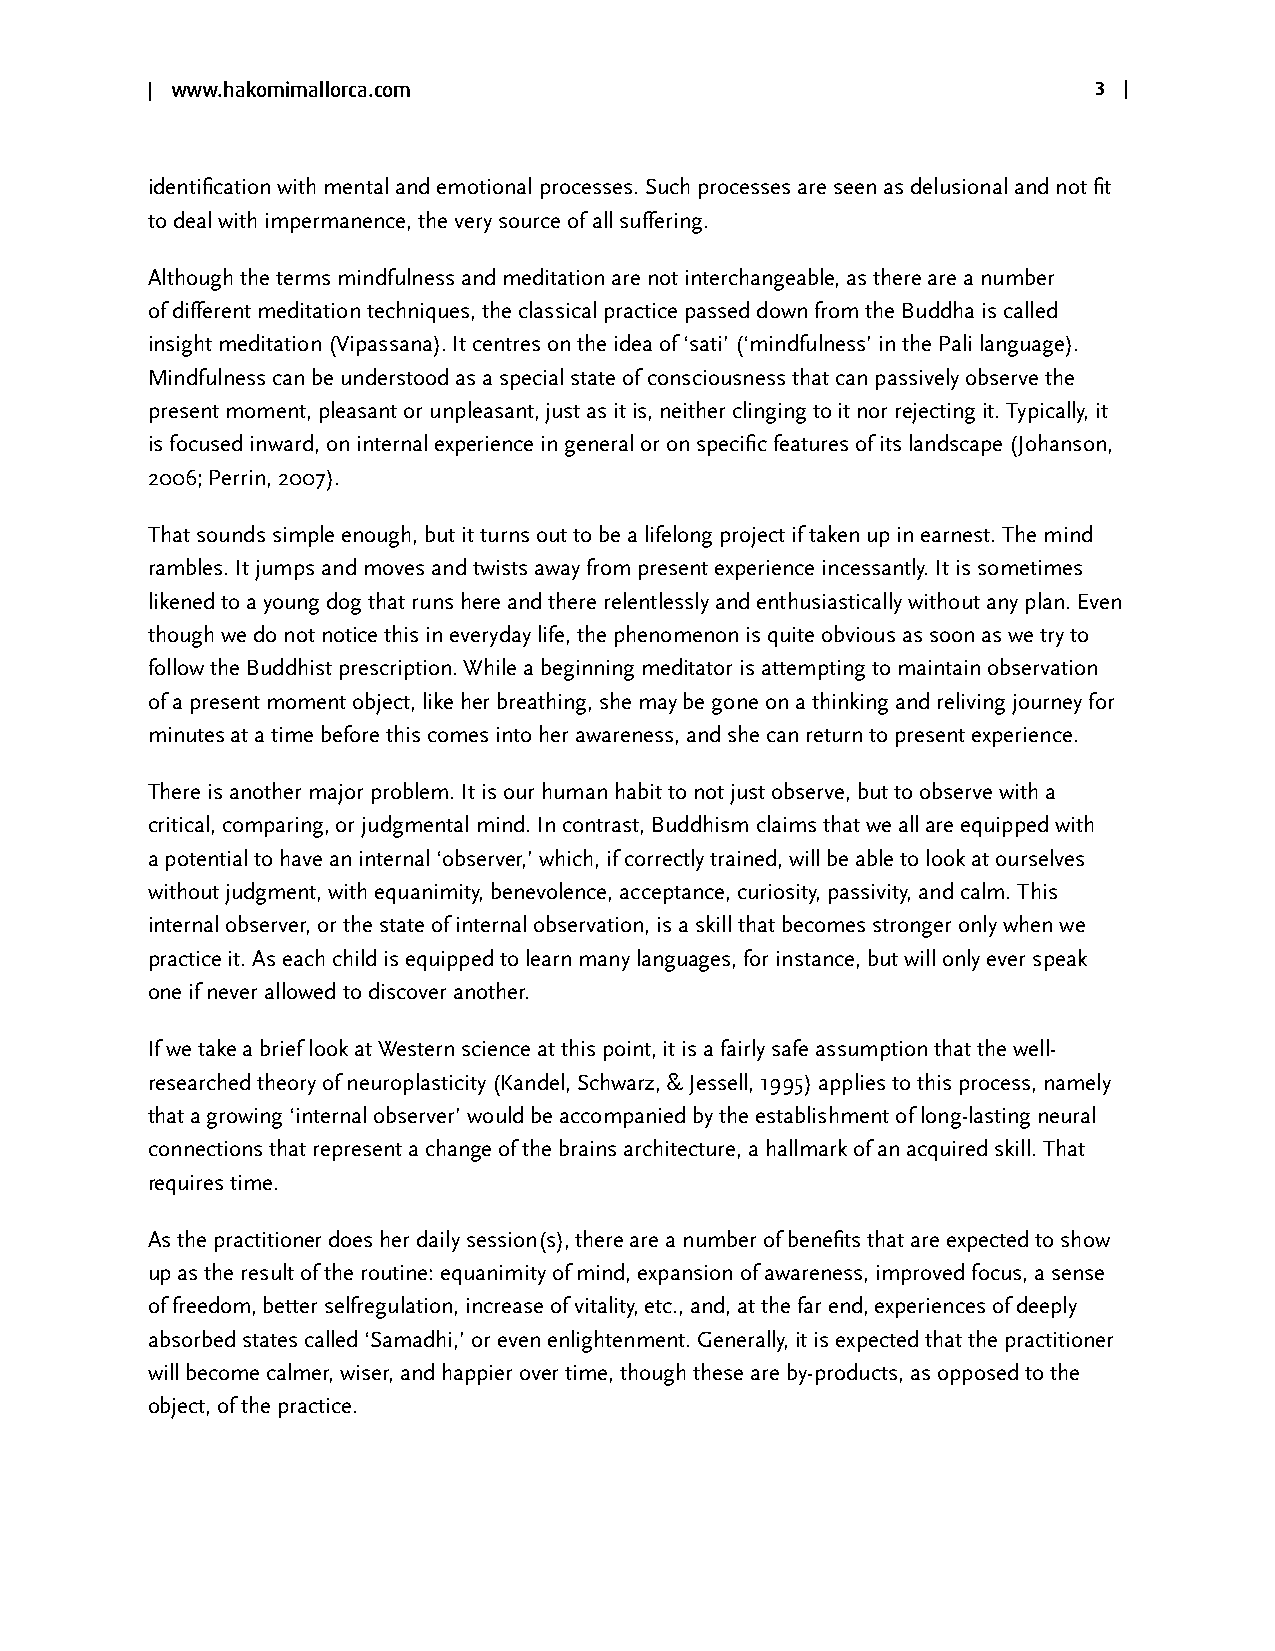
| www.hakomimallorca.com                                      3 |
 identification with mental and emotional processes. Such processes are seen as delusional and not fit
 to deal with impermanence, the very source of all suffering.
 Although the terms mindfulness and meditation are not interchangeable, as there are a number
 of different meditation techniques, the classical practice passed down from the Buddha is called
 insight meditation (Vipassana). It centres on the idea of ‘sati’ (‘mindfulness’ in the Pali language).
 Mindfulness can be understood as a special state of consciousness that can passively observe the
 present moment, pleasant or unpleasant, just as it is, neither clinging to it nor rejecting it. Typically, it
 is focused inward, on internal experience in general or on specific features of its landscape (Johanson,
 2006; Perrin, 2007).
 That sounds simple enough, but it turns out to be a lifelong project if taken up in earnest. The mind
 rambles. It jumps and moves and twists away from present experience incessantly. It is sometimes
 likened to a young dog that runs here and there relentlessly and enthusiastically without any plan. Even
 though we do not notice this in everyday life, the phenomenon is quite obvious as soon as we try to
 follow the Buddhist prescription. While a beginning meditator is attempting to maintain observation
 of a present moment object, like her breathing, she may be gone on a thinking and reliving journey for
 minutes at a time before this comes into her awareness, and she can return to present experience.
 There is another major problem. It is our human habit to not just observe, but to observe with a
 critical, comparing, or judgmental mind. In contrast, Buddhism claims that we all are equipped with
 a potential to have an internal ‘observer,’ which, if correctly trained, will be able to look at ourselves
 without judgment, with equanimity, benevolence, acceptance, curiosity, passivity, and calm. This
 internal observer, or the state of internal observation, is a skill that becomes stronger only when we
 practice it. As each child is equipped to learn many languages, for instance, but will only ever speak
 one if never allowed to discover another.
 If we take a brief look at Western science at this point, it is a fairly safe assumption that the well-
 researched theory of neuroplasticity (Kandel, Schwarz, & Jessell, 1995) applies to this process, namely
 that a growing ‘internal observer’ would be accompanied by the establishment of long-lasting neural
 connections that represent a change of the brains architecture, a hallmark of an acquired skill. That
 requires time.
 As the practitioner does her daily session(s), there are a number of benefits that are expected to show
 up as the result of the routine: equanimity of mind, expansion of awareness, improved focus, a sense
 of freedom, better selfregulation, increase of vitality, etc., and, at the far end, experiences of deeply
 absorbed states called ‘Samadhi,’ or even enlightenment. Generally, it is expected that the practitioner
 will become calmer, wiser, and happier over time, though these are by-products, as opposed to the
 object, of the practice.